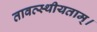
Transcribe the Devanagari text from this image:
तावत्स्थीयताम्।